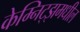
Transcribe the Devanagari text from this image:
केम्निट्झमधील